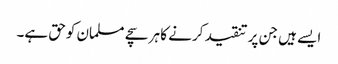
ایسے ہیں جن پر تنقید کرنے کا ہر سچے مسلمان کوحق ہے۔